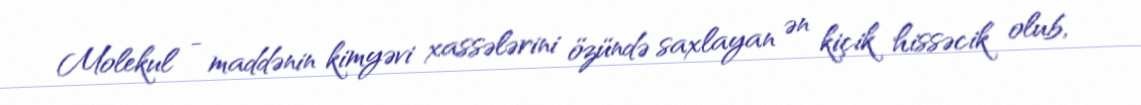
Molekul - maddənin kimyəvi xassələrini özündə saxlayan ən kiçik hissəcik olub,